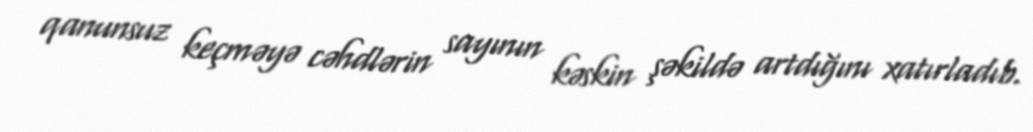
qanunsuz keçməyə cəhdlərin sayının kəskin şəkildə artdığını xatırladıb.